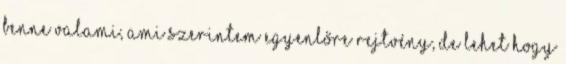
benne valami, ami szerintem egyenlőre rejtvény, de lehet hogy